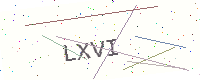
Text: LXVI